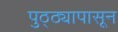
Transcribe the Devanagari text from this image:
पुठ्ठ्यापासून